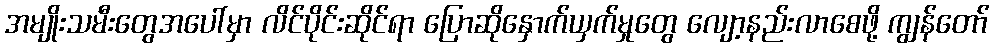
အမျိုးသမီးတွေအပေါ်မှာ လိင်ပိုင်းဆိုင်ရာ ပြောဆိုနှောက်ယှက်မှုတွေ လျော့နည်းလာစေဖို့ ကျွန်တော်